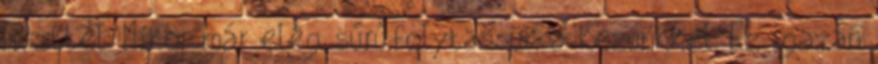
liszttel. Mikor már elég sűrű,folytassuk a kezünkkel. Ez igazán